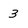
Character: 3